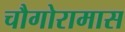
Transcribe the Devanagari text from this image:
चौगोरामास